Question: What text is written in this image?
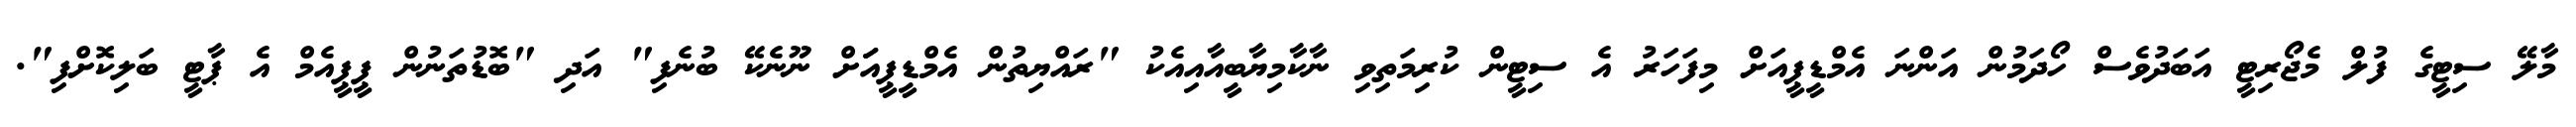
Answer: މާލޭ ސިޓީގެ ފުލް މެޖޯރިޓީ އަބަދުވެސް ހޯދަމުން އަންނަ އެމްޑީޕީއަށް މިފަހަރު އެ ސިޓީން ކުރިމަތިވި ނާކާމިޔާބީއާއިއެކު "ރައްޔިތުން އެމްޑީޕީއަަށް ނޫނެކޭ ބުނެފި" އަދި "ބޮޑުތަނުން ޕީޕީއެމް އެ ޕާޓީ ބަލިކޮށްފި".